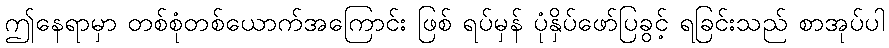
ဤနေရာမှာ တစ်စုံတစ်ယောက်အကြောင်း ဖြစ် ရပ်မှန် ပုံနှိပ်ဖော်ပြခွင့် ရခြင်းသည် စာအုပ်ပါ